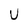
Character: U